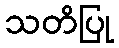
သတိပြု